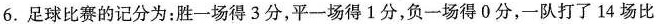
6.足球比赛的记分为：胜一场得3分，平一场得1分，负一场得0分，一队打了14场比